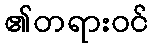
၏တရားဝင်